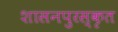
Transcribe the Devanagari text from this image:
शासनपुरस्कृत